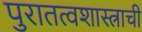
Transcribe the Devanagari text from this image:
पुरातत्वशास्त्राची